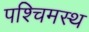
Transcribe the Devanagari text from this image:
पश्चिमस्थ